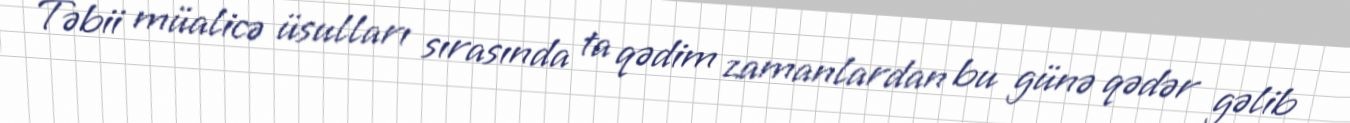
Təbii müalicə üsulları sırasında ta qədim zamanlardan bu günə qədər gəlib